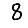
Digit: 8